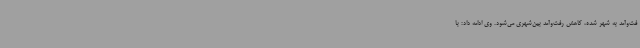
فت‌وآمد به شهر شده، کاهش رفت‌وآمد بین‌شهری می‌شود. وی ادامه داد: با